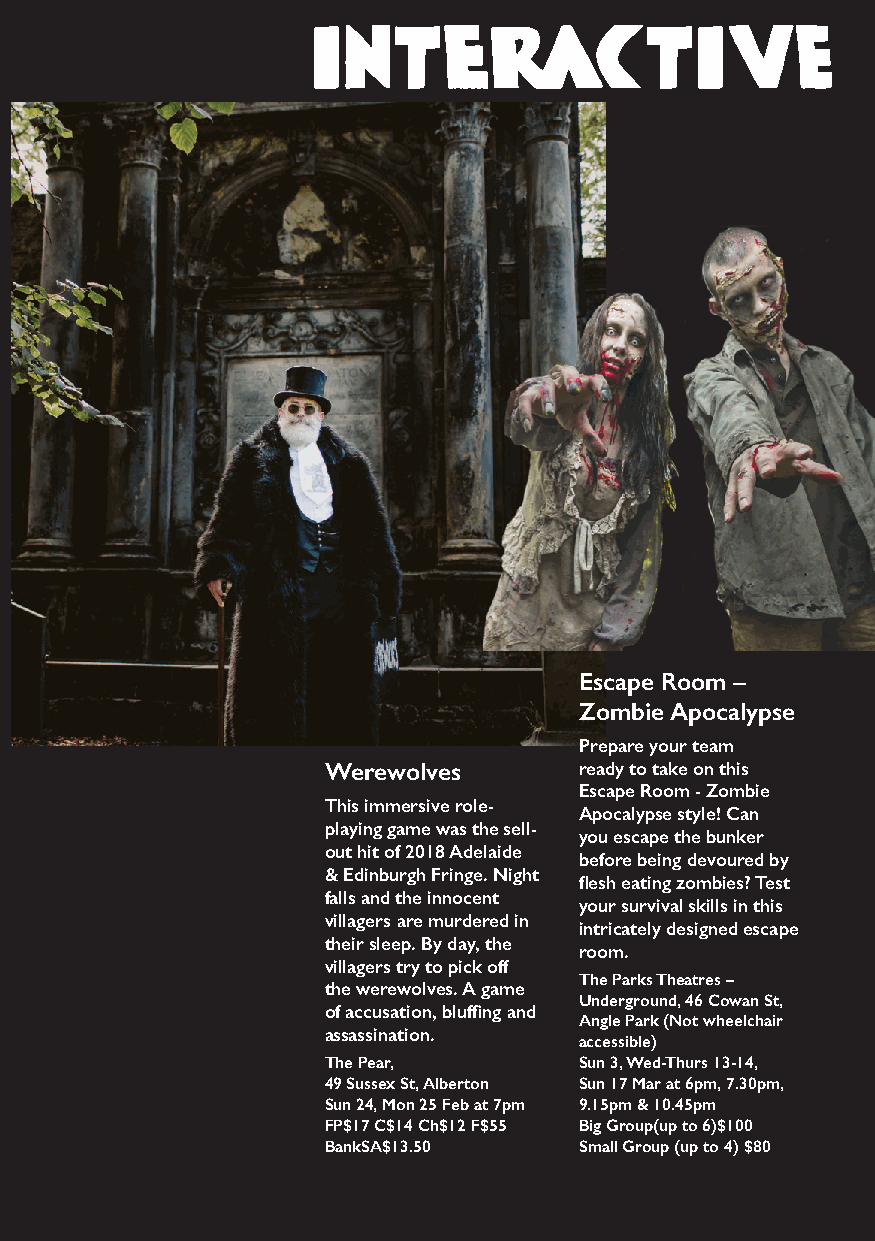
InteractIv                      E
 Escape Room –
 Zombie Apocalypse
 Prepare your team
 Werewolves      ready to take on this
 Escape Room - Zombie
 This immersive role-
 Apocalypse style! Can
 playing game was the sell-
 you escape the bunker
 out hit of 2018 Adelaide
 before being devoured by
 & Edinburgh Fringe. Night
 flesh eating zombies? Test
 falls and the innocent
 your survival skills in this
 villagers are murdered in
 intricately designed escape
 their sleep. By day, the
 room.
 villagers try to pick off
 The Parks Theatres –
 the werewolves. A game
 Underground, 46 Cowan St,
 of accusation, bluffing and
 Angle Park (Not wheelchair
 assassination.
 accessible)
 The Pear,       Sun 3, Wed-Thurs 13-14,
 49 Sussex St, Alberton Sun 17 Mar at 6pm, 7.30pm,
 Sun 24, Mon 25 Feb at 7pm 9.15pm & 10.45pm
 FP$17 C$14 Ch$12 F$55 Big Group(up to 6)$100
 BankSA$13.50    Small Group (up to 4) $80